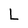
Character: L